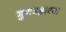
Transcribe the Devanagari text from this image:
गुणभद्राच्या